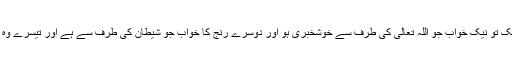
اور خواب تین طرح کاہے ، ایک تو نیک خواب جو اللہ تعالیٰ کی طرف سے خوشخبری ہو اور دوسرے رنج کا خواب جو شیطان کی طرف سے ہے اور تیسرے وہ خواب جو اپنے دل کا خیال ہو۔